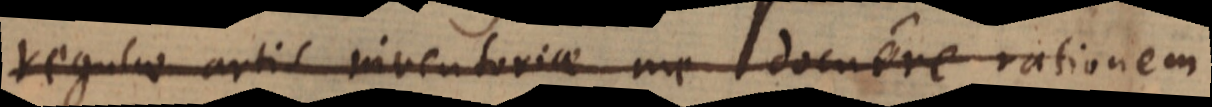
regulae artis inventoriae me docuere rationem